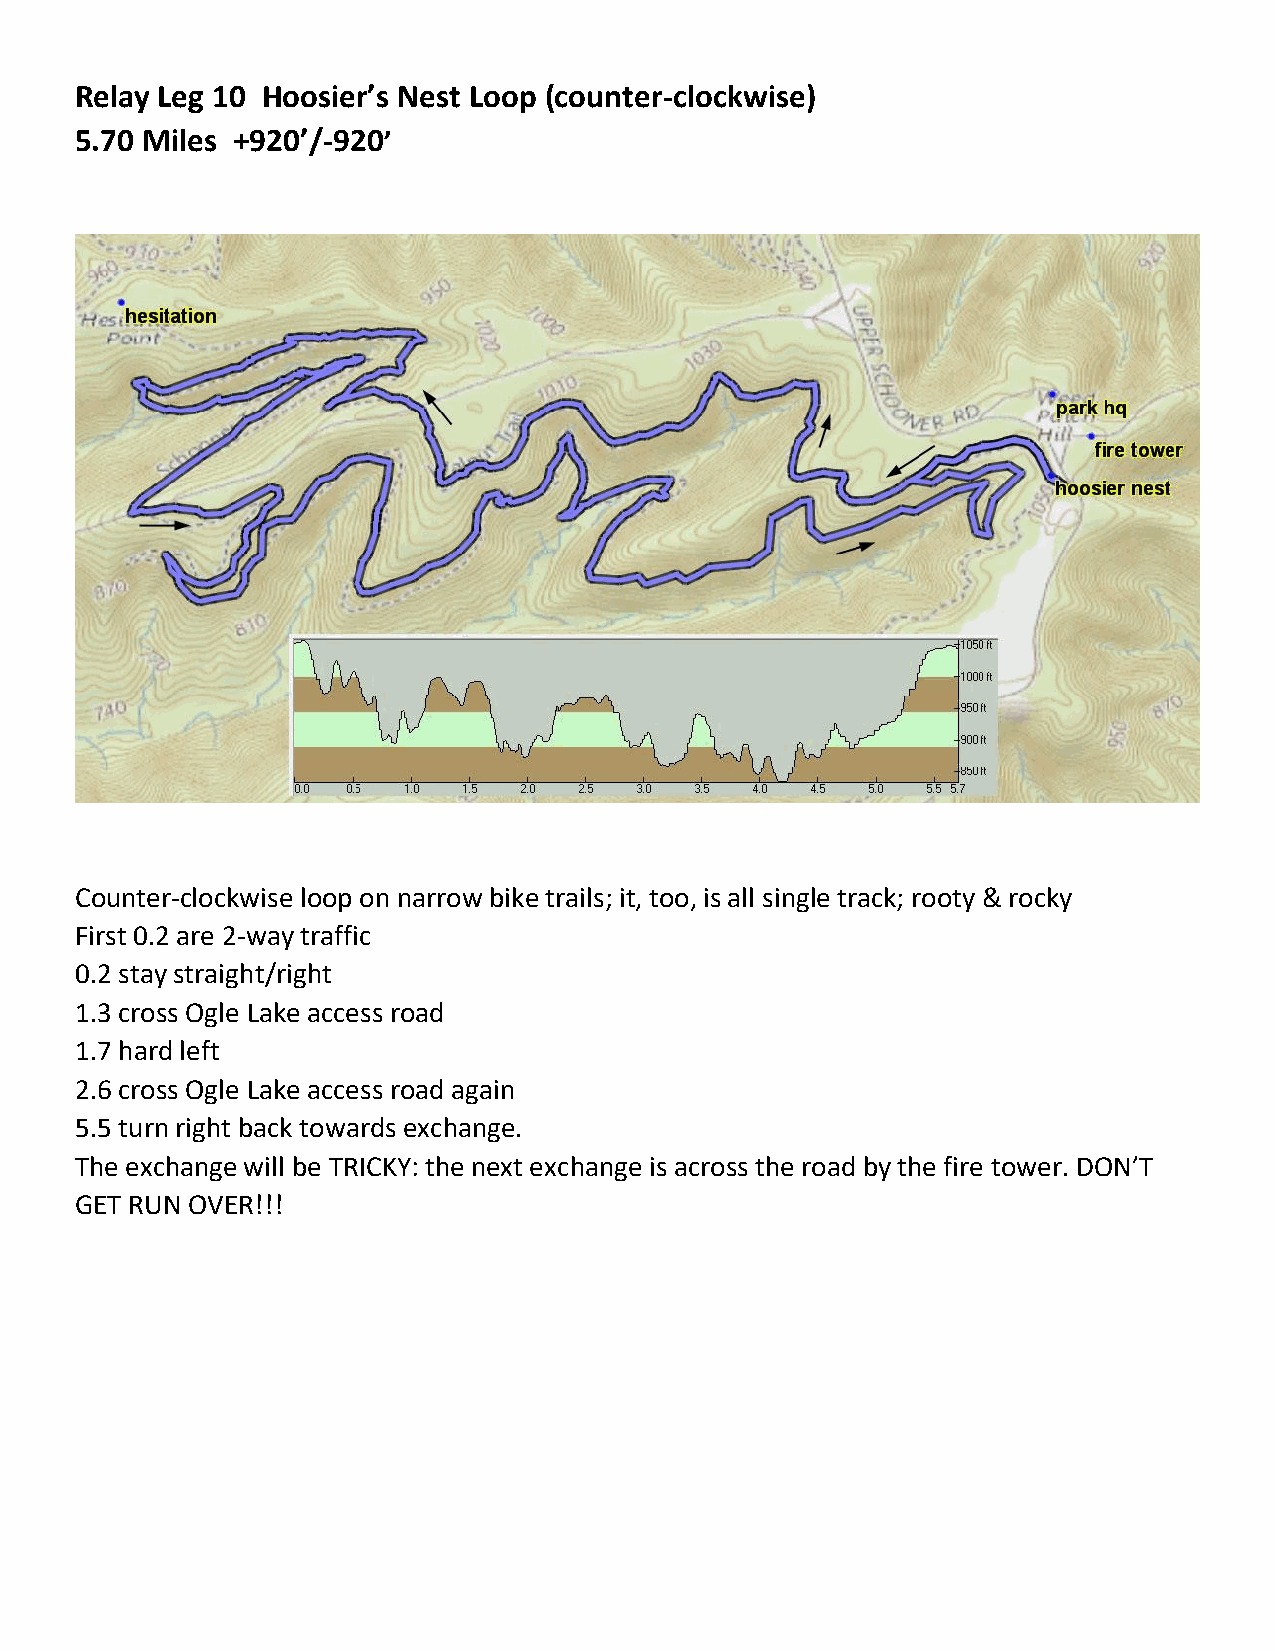
Relay Leg 10 Hoosier’s Nest Loop (counter-clockwise)
 5.70 Miles +920’/-920’
 Counter-clockwise loop on narrow bike trails; it, too, is all single track; rooty & rocky
 First 0.2 are 2-way traffic
 0.2 stay straight/right
 1.3 cross Ogle Lake access road
 1.7 hard left
 2.6 cross Ogle Lake access road again
 5.5 turn right back towards exchange.
 The exchange will be TRICKY: the next exchange is across the road by the fire tower. DON’T
 GET RUN OVER!!!